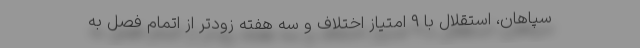
سپاهان، استقلال با ۹ امتیاز اختلاف و سه هفته زودتر از اتمام فصل به